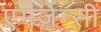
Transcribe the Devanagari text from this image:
एमर्जेन्सी